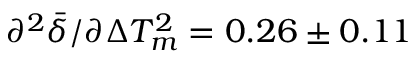
\partial ^ { 2 } \bar { \delta } / \partial \Delta T _ { m } ^ { 2 } = 0 . 2 6 \pm 0 . 1 1